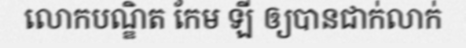
លោកបណ្ឌិត កែម ឡី ឲ្យបានជាក់លាក់